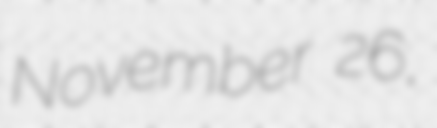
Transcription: November 26,